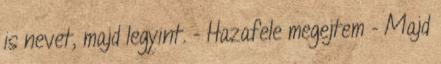
is nevet, majd legyint. - Hazafele megejtem - Majd